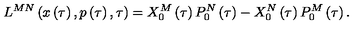
L ^ { M N } \left( x \left( \tau \right) , p \left( \tau \right) , \tau \right) = X _ { 0 } ^ { M } \left( \tau \right) P _ { 0 } ^ { N } \left( \tau \right) - X _ { 0 } ^ { N } \left( \tau \right) P _ { 0 } ^ { M } \left( \tau \right) .